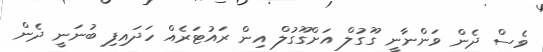
ވެސް ދެން ވަންނާނީ ގޫގުލް އަށްގޫގުލް އިން ރައުޓަރެއް ހަދައިފި ބުނަނީ ދެން